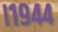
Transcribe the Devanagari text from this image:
।१९४४